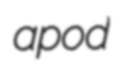
apod